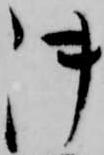
御